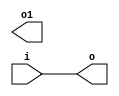
module  vv  
  
 (
      i   ,      o   ,      o1  );
 input     i  ;
 
 output reg    o  =  i  ;
 
 output reg    o1  ;
 
 
 endmodule